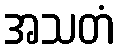
အသတံ